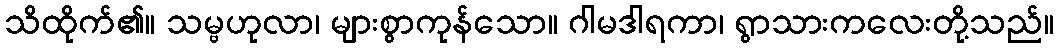
သိထိုက်၏။ သမ္ဗဟုလာ၊ များစွာကုန်သော။ ဂါမဒါရကာ၊ ရွာသားကလေးတို့သည်။